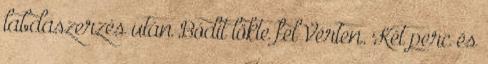
labdaszerzés után Bódit lökte fel Vérten. Két perc és